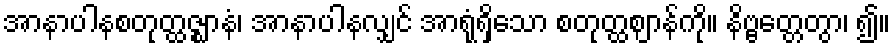
အာနာပါနစတုတ္ထဇ္ဈာနံ၊ အာနာပါနလျှင် အာရုံရှိသော စတုတ္ထဈာန်ကို။ နိဗ္ဗတ္တေတွာ၊ ၍။